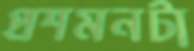
প্রশমনটা